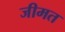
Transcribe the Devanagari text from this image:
जीमत